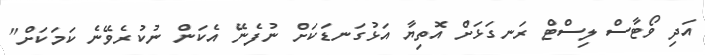
އަދި ވޯޓާސް ލިސްޓް ރަނގަޅަށް އޮތިޔާ އަޅުގަނޑަކަށް ނުފެނޭ އެކަން ނުކުރެވޭނެ ކަމަކަށް"